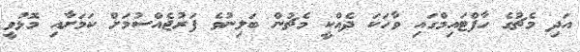
އަދި މެޗުގެ ހާފްޓައިމްގައި ވާހަކަ ދެއްކީ މެޗުން ބަލިނުވެ ފަރުޖެއްސުމަށް ކަމަށާއި މޮޅުވީ